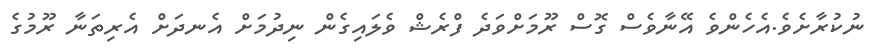
ނުކުރާށެވެ.އެހެންވެ އޭނާވެސް ގޮސް ރޫމަށްވަދެ ފްރެޝް ވެލައިގެން ނިދުމަށް އެނދަށް އެރިތަނާ ރޫމުގެ